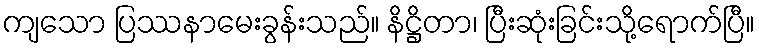
ကျသော ပြဿနာမေးခွန်းသည်။ နိဋ္ဌိတာ၊ ပြီးဆုံးခြင်းသို့ရောက်ပြီ။